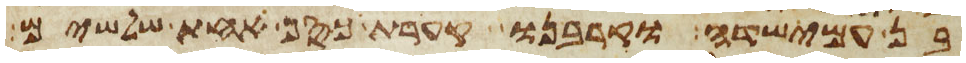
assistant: בן עמישדי וקרבנו קערת כסף אחת שלשים